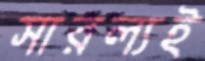
সারল্যই